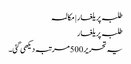
طلبہ پر یلغار | مکالمہ
طلبہ پر یلغار
یہ تحریر 500 مرتبہ دیکھی گئی۔